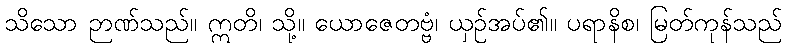
သိသော ဉာဏ်သည်။ ဣတိ၊ သို့။ ယောဇေတဗ္ဗံ၊ ယှဉ်အပ်၏။ ပရာနိစ၊ မြတ်ကုန်သည်